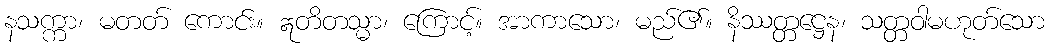
နသက္ကာ၊ မတတ် ကောင်း။ ဣတိတသ္မာ၊ ကြောင့်။ အာကာသော၊ မည်၏။ နိဿတ္တဋ္ဌေန၊ သတ္တဝါမဟုတ်သော